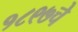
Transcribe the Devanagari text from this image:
१८९७चे